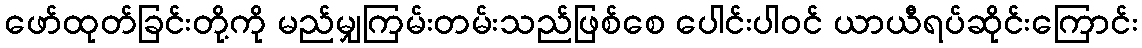
ဖော်ထုတ်ခြင်းတို့ကို မည်မျှကြမ်းတမ်းသည်ဖြစ်စေ ပေါင်းပါဝင် ယာယီရပ်ဆိုင်းကြောင်း